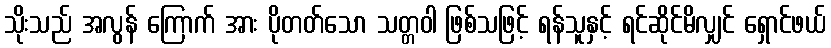
သိုးသည် အလွန် ကြောက် အား ပိုတတ်သော သတ္တဝါ ဖြစ်သဖြင့် ရန်သူနှင့် ရင်ဆိုင်မိလျှင် ရှောင်ဖယ်